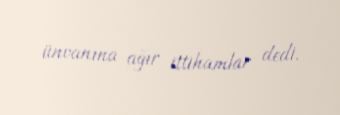
ünvanına ağır ittihamlar dedi.